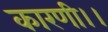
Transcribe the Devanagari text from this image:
कारणी।।